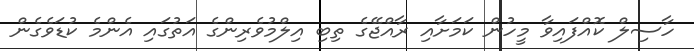
ހާސިލް ކޮއްފައިވާ މީހުން ކަމަށާއި ރާއްޖޭގެ ތިބި އިލްމުވެރިންގެ އަތުގައި އެންމެ ކުޑަވެގެން